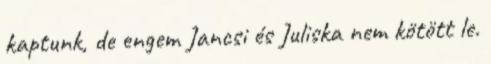
kaptunk, de engem Jancsi és Juliska nem kötött le.